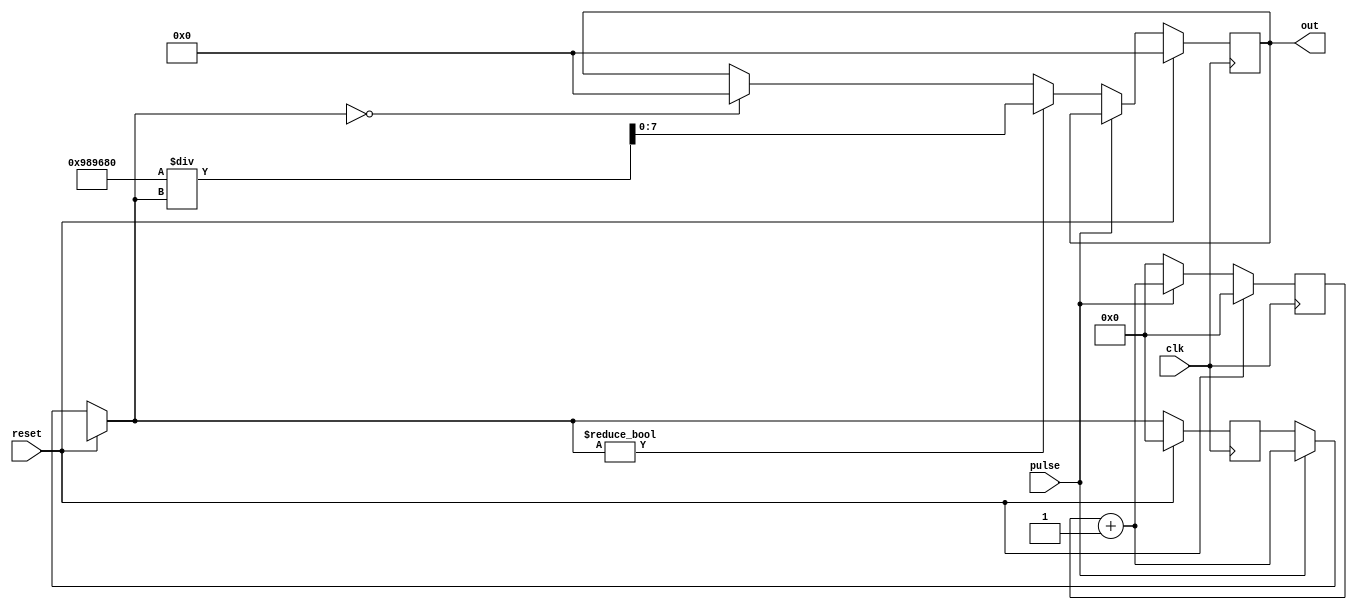
`timescale 1ns / 1ps
//////////////////////////////////////////////////////////////////////////////////
// Company: 
// Engineer: 
// 
// Design Name: 
// Module Name:    speedometer 
// Project Name: 
// Target Devices: 
// Tool versions: 
// Description: 
//
// Dependencies: 
//
// Revision: 
// Revision 0.01 - File Created
// Additional Comments: 
//
//////////////////////////////////////////////////////////////////////////////////
module speedometer(
    input clk,
    input pulse,
    input reset,
    output reg [7:0] out
    );
	 reg [27:0] counter;
	 reg [27:0] pulsecounter;
	 reg [29:0] speed;

always @(posedge clk) begin
       if (reset==0) begin
           if (pulse==1) begin
			       counter=counter+1;
					 pulsecounter=counter;
			  end
			  
			  if (pulse==0) begin
			      counter=0;
				
				   if (pulsecounter==0) begin
					    out=0;
					end
					if(pulsecounter!=0) begin
					    speed=10000000/pulsecounter;
						 out=speed[7:0];
					end
					end
	end	
				if(reset==1) begin
				counter=0;
				pulsecounter=0;
				out=0;
				end
				
				
				
	end
				


endmodule